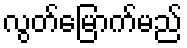
လွတ်မြောက်မည်